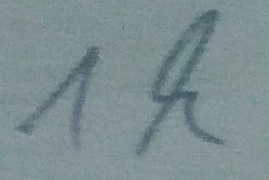
Text: 1k